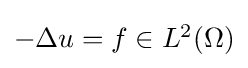
{\textstyle -\Delta u=f\in L^{2}(\Omega )}